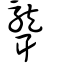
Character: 聾